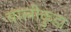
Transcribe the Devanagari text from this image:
बालीकुडा